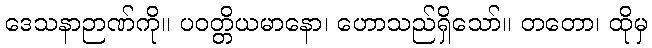
ဒေသနာဉာဏ်ကို။ ပဝတ္တိယမာနော၊ ဟောသည်ရှိသော်။ တတော၊ ထိုမှ